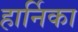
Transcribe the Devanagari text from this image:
हार्निका